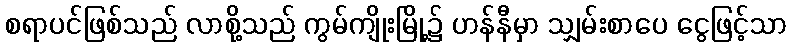
စရာပင်ဖြစ်သည် လာစို့သည် ကွမ်ကျိုးမြို့၌ ဟန်နီမှာ သျှမ်းစာပေ ငွေဖြင့်သာ